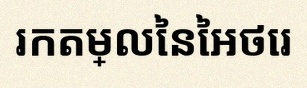
រកតម្លៃនៃអថេរ